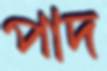
পাদ